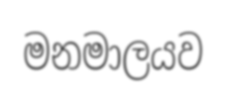
මනමාලයව